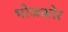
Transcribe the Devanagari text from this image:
भोजकोर